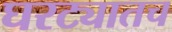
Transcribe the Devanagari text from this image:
घरट्यातच